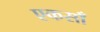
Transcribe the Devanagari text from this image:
एकसाँ